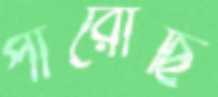
পারোছি